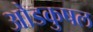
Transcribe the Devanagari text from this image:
ओडकुषल